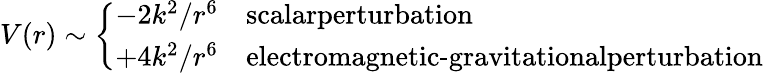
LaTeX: V(r)\sim\left\{ \begin{array}{cl}{{-2k^{2}/r^{6}}}&{{\textrm{scalarperturbation}}}\\ {{+4k^{2}/r^{6}}}&{{\textrm{electromagnetic-gravitationalperturbation}}}\end{array}\right.